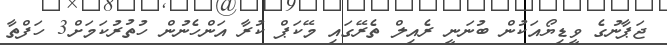
ޖަޕާނުގެ ވީޑިޔޯއަކުން ބުނަނީ ރެއިލް ތެރޭގައި މޭކަޕް ކުރާ އަންހެނުން ހުތުރުކަމަށް3 ހަފްތާ